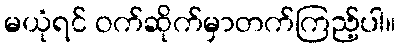
မယုံရင် ဝက်ဆိုက်မှာတက်ကြည့်ပါ။